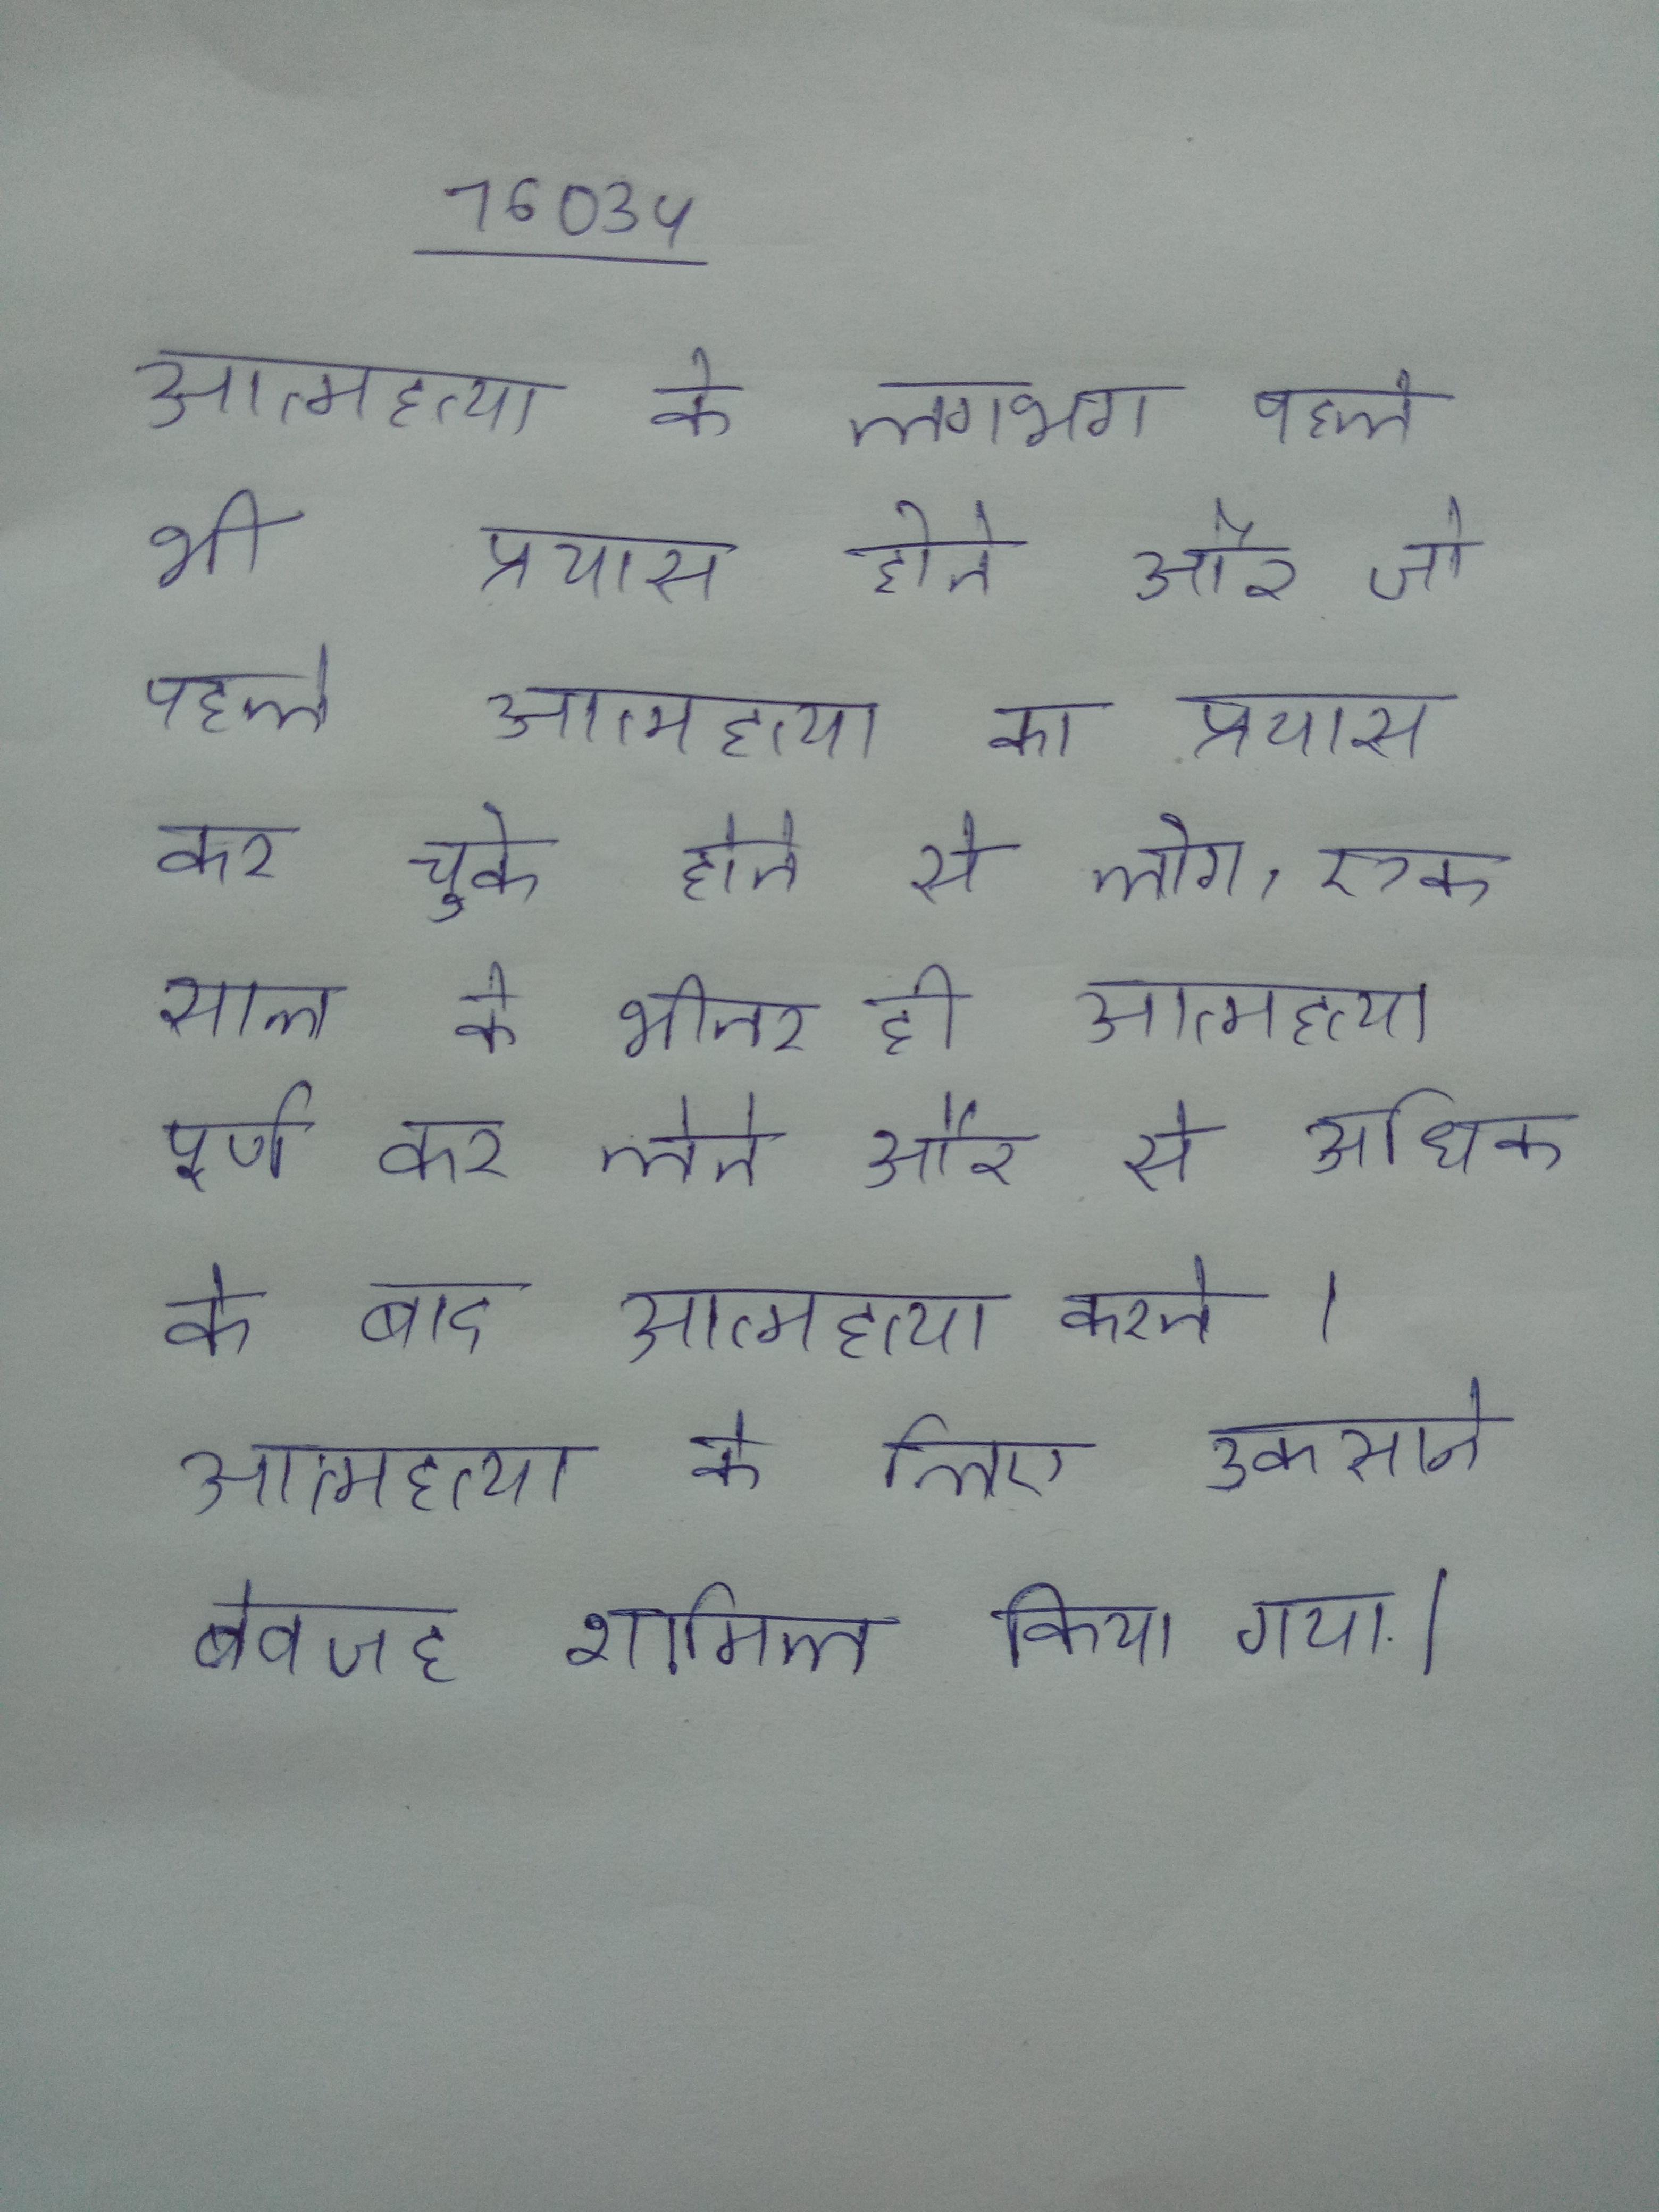
आत्महत्या के लगभग पहले भी प्रयास होते और जो पहले आत्महत्या का प्रयास कर चुके होते से लोग, एक साल के भीतर ही आत्महत्या पूर्ण कर लेते और से अधिक के बाद आत्महत्या करते । आत्महत्या के लिए उकसाने बेवजह शामिल किया गया ।